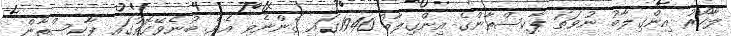
ލާހޯރު އިންގިލާބު ނުވަތަ ޕާކިސްތާންގެ އިންގިލާބު 1940ގައި ގެންނެވި އެވެ. ބުނެވޭގޮތުގައި ޕާކިސްތާން